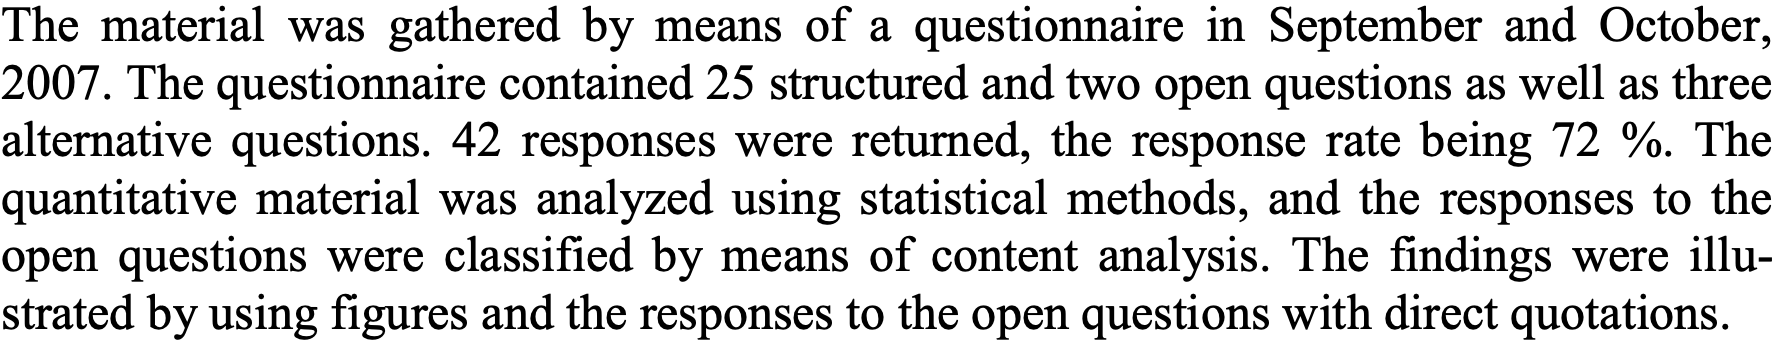
The material was gathered by means of a questionnaire in September and October, 2007. The questionnaire contained 25 structured and two open questions as well as three alternative questions. 42 responses were returned, the response rate being 72 %. The quantitative material was analyzed using statistical methods, and the responses to the open questions were classified by means of content analysis. The findings were illu- strated by using figures and the responses to the open questions with direct quotations.